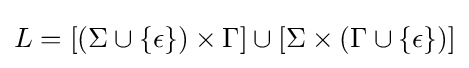
L=[(\Sigma \cup \{\epsilon \})\times \Gamma ]\cup [\Sigma \times (\Gamma \cup \{\epsilon \})]